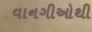
વાનગીઓથી